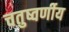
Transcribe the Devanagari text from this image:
चतुष्वर्णीय